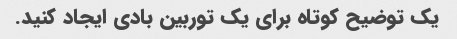
یک توضیح کوتاه برای یک توربین بادی ایجاد کنید.